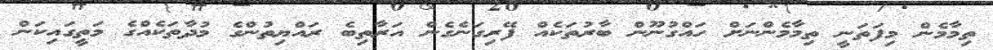
ތިމާމެން މިފަތަނީ ތިމާމެންނަށް ހައްގުނޫން ބާރުތަކެއް ފޭރިގަނެގެން އަރާތިބެ ރައްޔިތުންގެ މުދާތަކެއްގެ މަތީގައިކަން